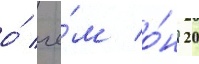
о́ че́м о́н 20